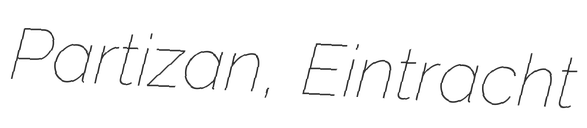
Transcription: Partizan, Eintracht